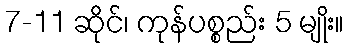
7-11 ဆိုင်၊ ကုန်ပစ္စည်း 5 မျိုး။